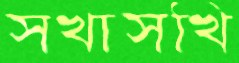
সখাসখি